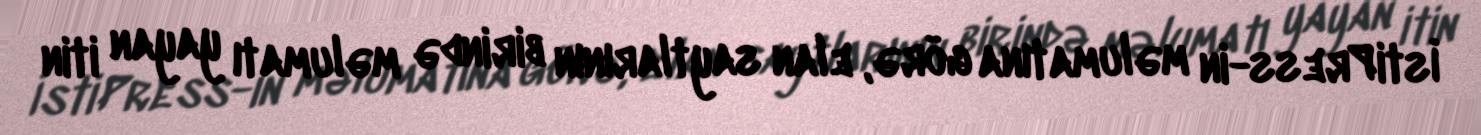
İstiPress-in məlumatına görə, elan saytlarının birində məlumatı yayan itin